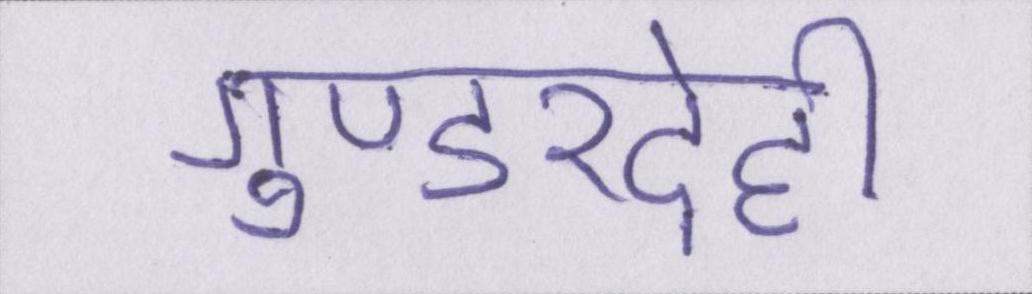
गुण्डरदेही